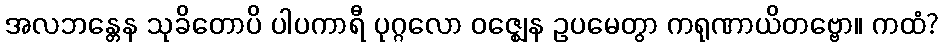
အလဘန္တေန သုခိတောပိ ပါပကာရီ ပုဂ္ဂလော ဝဇ္ဈေန ဥပမေတွာ ကရုဏာယိတဗ္ဗော။ ကထံ?